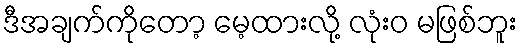
ဒီအချက်ကိုတော့ မေ့ထားလို့ လုံးဝ မဖြစ်ဘူး